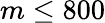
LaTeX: m\leq 800